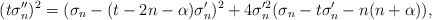
\begin{align*}(t \sigma_{n}'')^{2}=(\sigma_{n}-(t-2n-\alpha) \sigma_{n}')^{2}+4\sigma_{n}'^{2}(\sigma_{n}-t \sigma_{n}'-n(n+\alpha)),\end{align*}